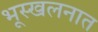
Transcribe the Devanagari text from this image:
भूस्खलनात